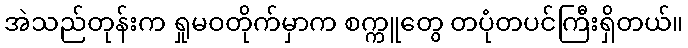
အဲသည်တုန်းက ရှုမဝတိုက်မှာက စက္ကူတွေ တပုံတပင်ကြီးရှိတယ်။